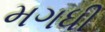
મગધી